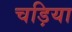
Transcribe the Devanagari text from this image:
चड़िया